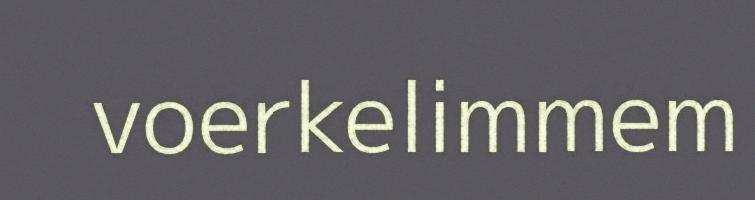
voerkelimmem